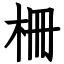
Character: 柵